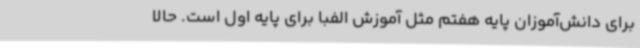
برای دانش‌آموزان پایه هفتم مثل آموزش الفبا برای پایه اول است. حالا